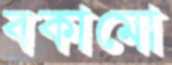
বকামো